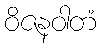
ဝိဇနဝါတံ